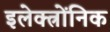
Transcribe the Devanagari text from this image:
इलेक्त्रोंनिक